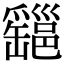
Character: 𤕆